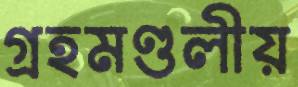
গ্রহমণ্ডলীয়